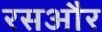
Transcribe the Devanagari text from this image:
रसऔर